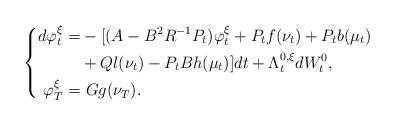
LaTeX: \begin{align*}\left\{\begin{aligned}d\varphi_t^\xi=&-[(A-B^2R^{-1}P_t)\varphi_t^\xi+P_tf(\nu_t)+P_tb(\mu_t)\\&+Ql(\nu_t)-P_tBh(\mu_t)]dt+\Lambda_t^{0,\xi}dW^0_t,\\\varphi_T^\xi=&~Gg(\nu_T).\end{aligned}\right.\end{align*}